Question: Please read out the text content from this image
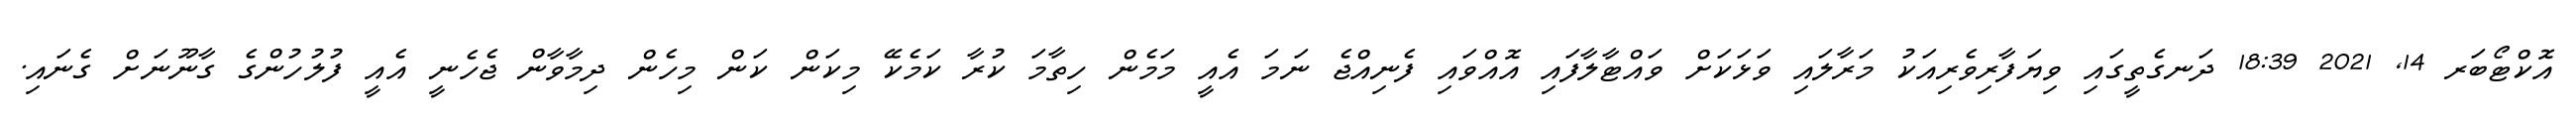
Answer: އޮކްޓޯބަރ 14, 2021 18:39 ދަނގެތީގައި ވިޔަފާރިވެރިއަކު މަރާލައި ވަޅަކަށް ވައްޓާލާފައި އޮއްވައި ފެނިއްޖެ ނަމަ އެއީ މަމެން ހިތާމަ ކުރާ ކަމެކޭ މިކަން ކަން މިހެން ދިމާވާން ޖެހެނީ އެއީ ފުލުހުންގެ ގާނޫނަށް ގެނައި.